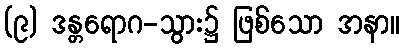
(၉) ဒန္တရောဂ-သွား၌ ဖြစ်သော အနာ။